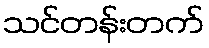
သင်တန်းတက်